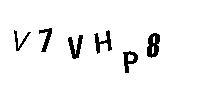
V7VHP8